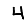
Digit: 4